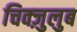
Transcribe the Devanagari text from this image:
चिक्ज़ुलुब